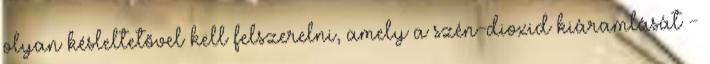
olyan késleltetõvel kell felszerelni, amely a szén-dioxid kiáramlását -